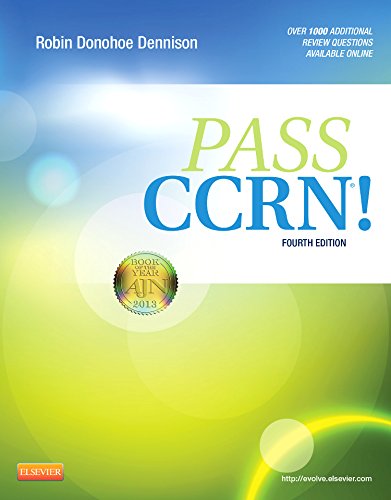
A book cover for PASS CCRNÂ®!, 4e; Robin Donohoe Dennison DNP  APRN  CCNS  CEN  CNE; Medical Books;